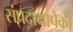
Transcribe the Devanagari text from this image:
संप्रदायापैकी